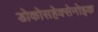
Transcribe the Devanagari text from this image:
डोकोसहेक्सेनोइक